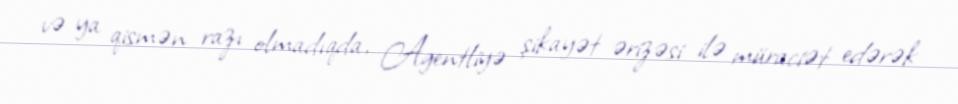
və ya qismən razı olmadıqda, Agentliyə şikayət ərizəsi ilə müraciət edərək